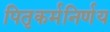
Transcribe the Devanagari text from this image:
पितृकर्मनिर्णय